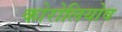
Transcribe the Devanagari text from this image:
कोरोलियोव